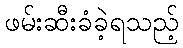
ဖမ်းဆီးခံခဲ့ရသည့်